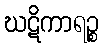
ဃဋိကာရဉ္စ